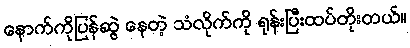
နောက်ကိုပြန်ဆွဲ နေတဲ့ သံလိုက်ကို ရုန်းပြီးထပ်တိုးတယ်။